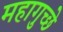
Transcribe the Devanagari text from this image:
महागुच्छे